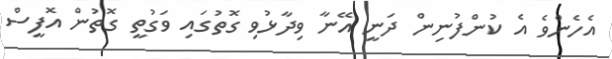
އެހެންވެ އެ ކުންފުނިން ދަނީ އޭނާ ވިދާޅުވި ގޮތުގައި ވަގުތީ ގޮތުން އޮފީސް